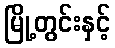
မြို့တွင်းနှင့်